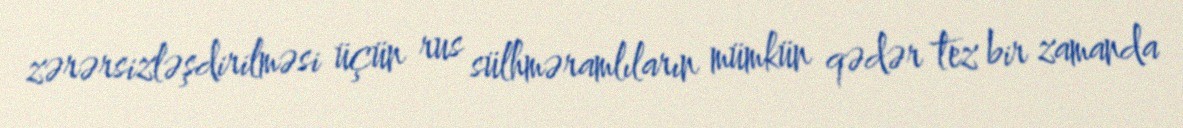
zərərsizləşdirilməsi üçün rus sülhməramlıların mümkün qədər tez bir zamanda